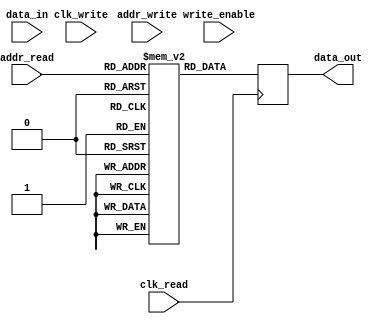
module dual_port_ram (
    input wire clk_write,
    input wire clk_read,
    input wire [7:0] addr_write,
    input wire [7:0] addr_read,
    input wire write_enable,
    input wire [7:0] data_in,
    output reg [7:0] data_out
);

reg [7:0] mem_block_1 [0:255]; // first memory block
reg [7:0] mem_block_2 [0:255]; // second memory block

always @(posedge clk_write) begin
    if (write_enable) begin
        mem_block_1[addr_write] <= data_in;
    end
end

always @(posedge clk_read) begin
    data_out <= mem_block_2[addr_read];
end

endmodule